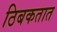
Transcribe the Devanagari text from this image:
ठिबकतात